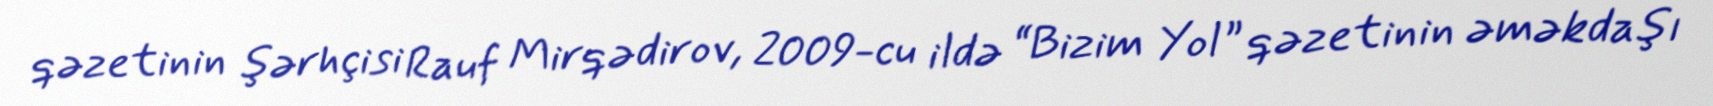
qəzetinin şərhçisi Rauf Mirqədirov, 2009-cu ildə “Bizim Yol” qəzetinin əməkdaşı